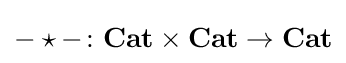
-\star -\colon \mathbf {Cat} \times \mathbf {Cat} \rightarrow \mathbf {Cat}